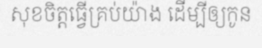
សុខចិត្តធ្វើគ្រប់យ៉ាង ដើម្បីឲ្យកូន